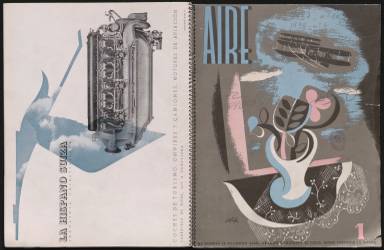
Título: Aire (Barcelona)
Colección: Aviación || Guerra civil
Ámbito geográfico: Barcelona
Lugar de publicación: Barcelona
Fechas: 01/06/1937-31/03/1938